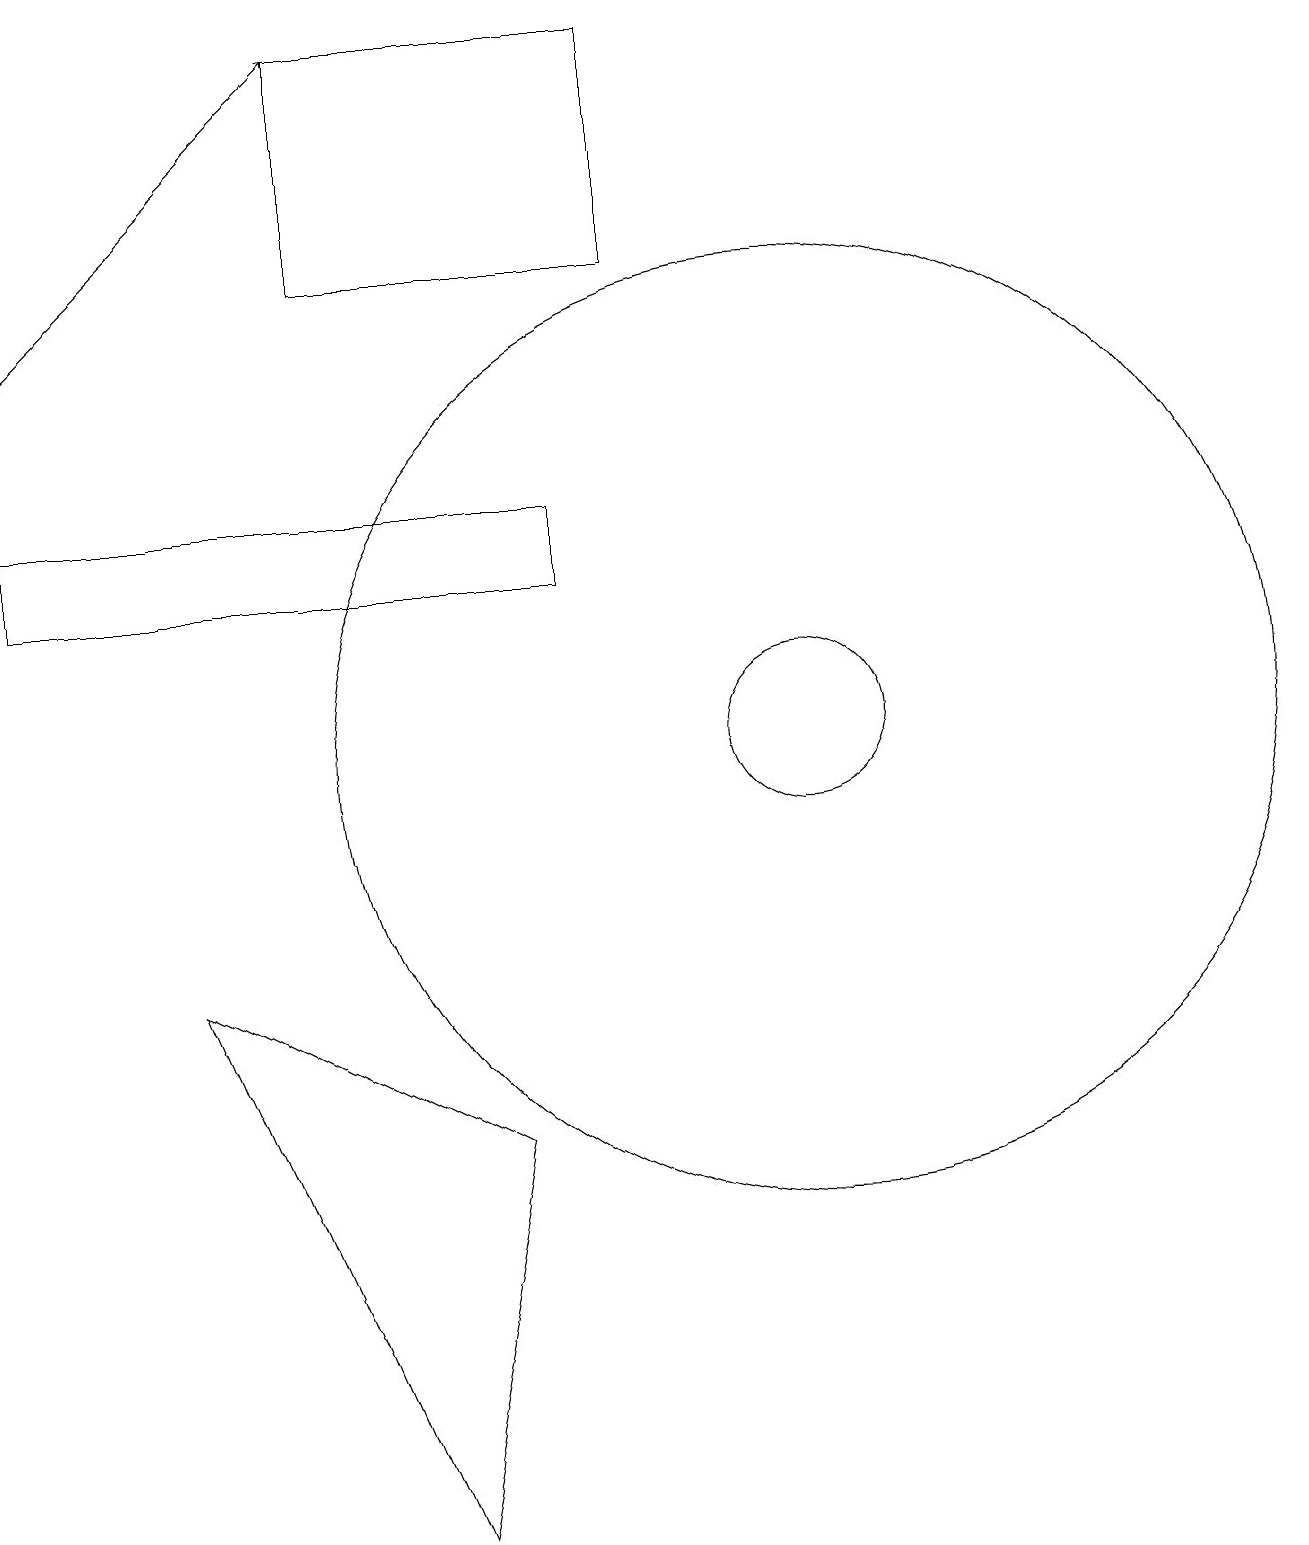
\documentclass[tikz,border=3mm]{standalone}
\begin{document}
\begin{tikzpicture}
\draw (5,16) rectangle (9,19);
\draw (8,13) rectangle (1,12);
\draw (11,10) circle (1);
\draw (11,10) circle (6);
\draw[->] (1,15) -- (5,19);
\draw (3,7) -- (7,5) -- (6,0) -- cycle;
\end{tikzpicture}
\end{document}